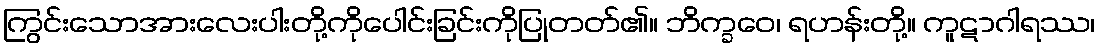
ကြွင်းသောအားလေးပါးတို့ကိုပေါင်းခြင်းကိုပြုတတ်၏။ ဘိက္ခဝေ၊ ရဟန်းတို့။ ကူဋာဂါရဿ၊